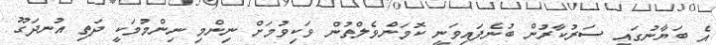
އެ ބަޔާނުގައި ސަރުކާރުން ބުނެފައިވަނީ ކޮމަންވެލްތުން ވަކިވުމަށް ނިންމި ނިންމުމަކީ ދަތި އުނދަގޫ